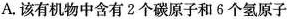
A.该有机物中含有2个碳原子和6个氢原子